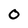
Character: 0